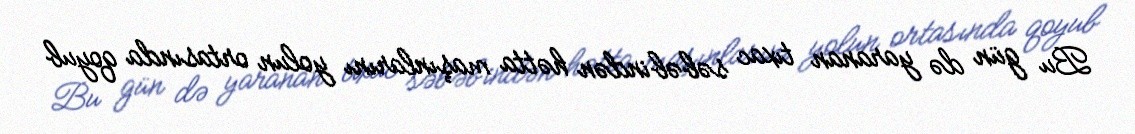
Bu gün də yaranan tıxac səbəbindən hətta maşınlarını yolun ortasında qoyub